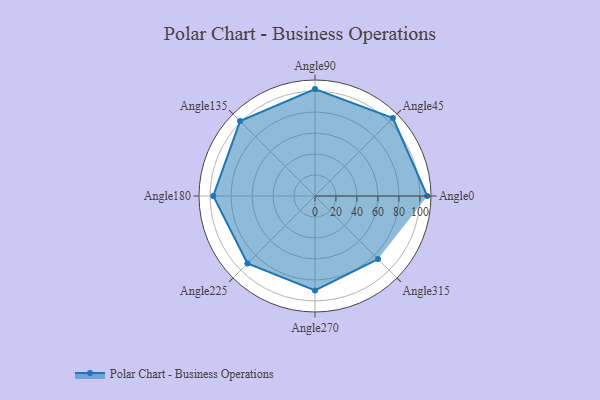
{"axis": {"x": "Angle", "y": "Radius"}, "legend": [""], "data": [{"x": "Angle0", "y": 107.0, "type": ""}, {"x": "Angle45", "y": 105.0, "type": ""}, {"x": "Angle90", "y": 102.0, "type": ""}, {"x": "Angle135", "y": 101.0, "type": ""}, {"x": "Angle180", "y": 97.0, "type": ""}, {"x": "Angle225", "y": 91.0, "type": ""}, {"x": "Angle270", "y": 90.0, "type": ""}, {"x": "Angle315", "y": 85.0, "type": ""}]}